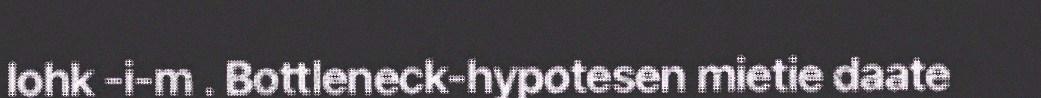
lohk -i-m . Bottleneck-hypotesen mietie daate